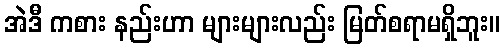
အဲဒီ ကစား နည်းဟာ များများလည်း မြတ်စရာမရှိဘူး။